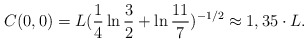
\begin{align*}C(0,0) = L (\frac{1}{4} \ln{\frac{3}{2}} +\ln{\frac{11}{7}})^{-1/2} \approx 1,35 \cdot L .\end{align*}